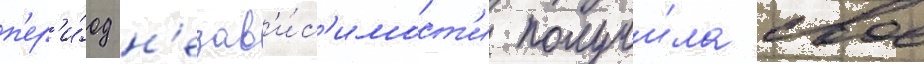
п'ер'и́од н'езав'и́с'имост'и получи́ла свое